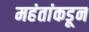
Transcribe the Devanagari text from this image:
महंतांकडून